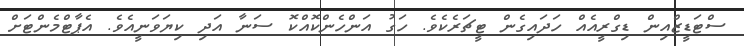
ސްޓަޑީޒްއިން ޑިގްރީއެއް ހަދައިގެން ޓީޗަރެކެވެ. ހަގު އަންހެންކޮއްކޮ ސަނާ އަދި ކިޔަވަނީއެވެ. އެޕާޓްމެންޓަށް